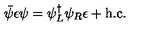
\bar { \psi } \epsilon \psi = \psi _ { L } ^ { \dag } \psi _ { R } \epsilon + \mathrm { h . c . }